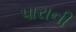
પારાની